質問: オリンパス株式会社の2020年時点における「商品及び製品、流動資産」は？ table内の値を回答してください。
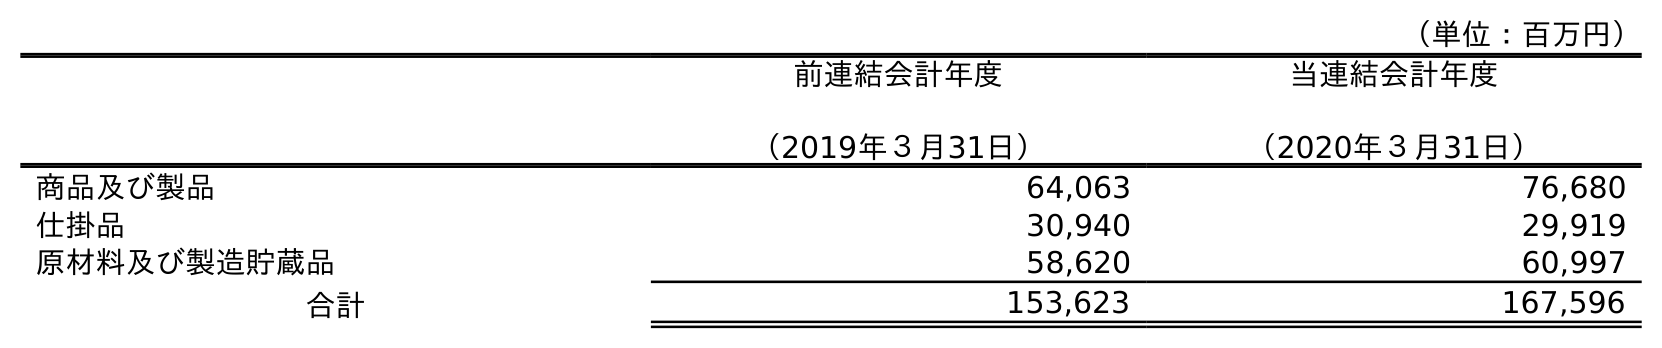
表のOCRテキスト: （単位：百万円） 前連結会計年度 （2019年３月31日） 当連結会計年度 （2020年３月31日） 商品及び製品 64,063 76,680 仕掛品 30,940 29,919 原材料及び製造貯蔵品 58,620 60,997 合計 153,623 167,596
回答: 76,680